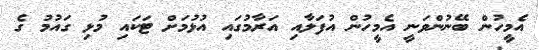
އެމީހުން ބޭނުންވަނީ އެމީހުން އުފަލާއި އަރާމުގައި އުޅުމަށް ޓަކައި މުޅި ގައުމު ގެ